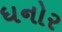
ધનોર